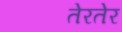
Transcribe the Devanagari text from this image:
तेरतेर